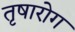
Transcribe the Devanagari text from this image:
तृषारोग